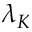
\lambda _ { K }